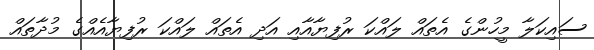
ސައިކަލާ މީހުންގެ އެތައް ލައްކަ ރުފިޔާއާއި އަދި އެތައް ލައްކަ ރުފިޔާއެއްގެ މުދާތައް